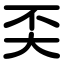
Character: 奀